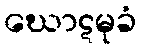
ဃောဋမုခံ